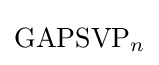
{\textstyle {\text{GAPSVP}}_{n}}